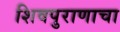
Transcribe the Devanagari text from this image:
शिवपुराणाचा